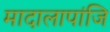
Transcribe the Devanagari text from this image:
मादालापांजि